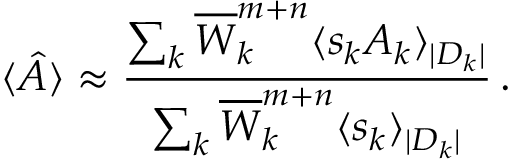
\langle \hat { A } \rangle \approx \frac { \sum _ { k } \overline { { W } } _ { k } ^ { m + n } \langle s _ { k } A _ { k } \rangle _ { | D _ { k } | } } { \sum _ { k } \overline { { W } } _ { k } ^ { m + n } \langle s _ { k } \rangle _ { | D _ { k } | } } \, .